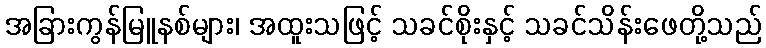
အခြားကွန်မြူနစ်များ၊ အထူးသဖြင့် သခင်စိုးနှင့် သခင်သိန်းဖေတို့သည်